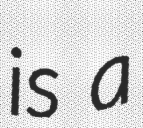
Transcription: is a